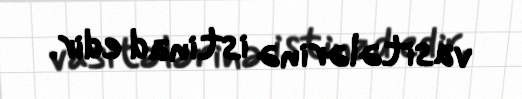
vasitələrinə istinad edir.